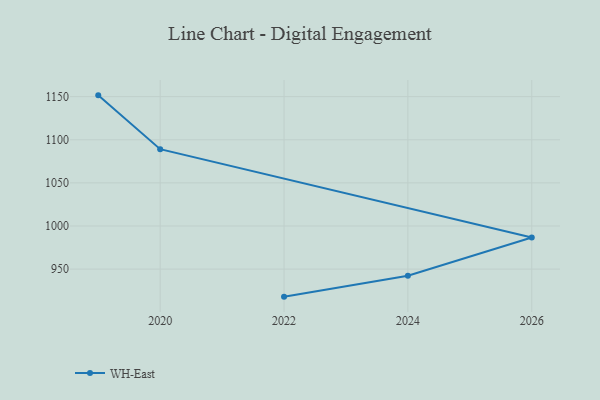
{"axis": {"x": "Year", "y": "Shipments"}, "legend": ["WH-East"], "data": [{"x": "2022", "y": 918.1, "type": "WH-East"}, {"x": "2024", "y": 942.4, "type": "WH-East"}, {"x": "2026", "y": 986.7, "type": "WH-East"}, {"x": "2020", "y": 1089.1, "type": "WH-East"}, {"x": "2019", "y": 1151.5, "type": "WH-East"}]}